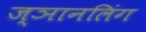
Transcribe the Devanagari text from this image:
ज्ञानलिंग